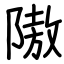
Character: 隞